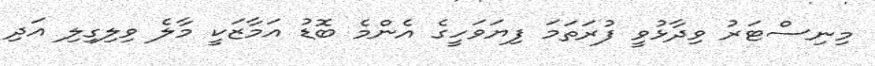
މިނިސްޓަރު ވިދާޅުވީ ފުރަތަމަ ފިޔަވަހީގެ އެންމެ ބޮޑު އަމާޒަކީ މާލެ ވިލިގިލި އަދި